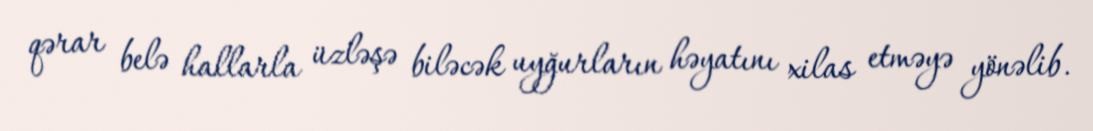
qərar belə hallarla üzləşə biləcək uyğurların həyatını xilas etməyə yönəlib.